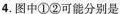
4. 图中①②可能分别是